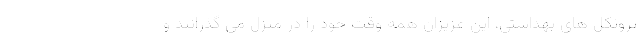
پروتکل های بهداشتی، این عزیزان همه وقت خود را در منزل می گذرانند و